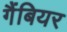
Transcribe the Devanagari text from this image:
गैंबियर